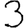
Digit: 3